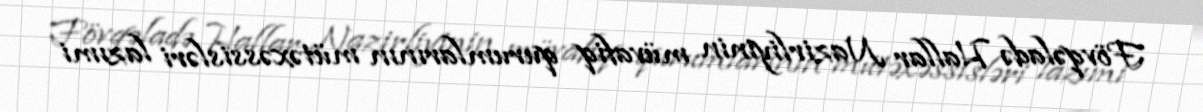
Fövqəladə Hallar Nazirliyinin müvafiq qurumlarının mütəxəssisləri lazımi